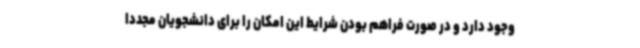
وجود دارد و در صورت فراهم بودن شرایط این امکان را برای دانشجویان مجددا